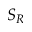
S _ { R }